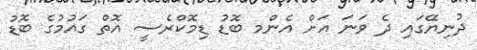
ދުނިޔޭގައި ދެ ވަނަ އަށް އެންމ ބޮޑު ޑިމޮކްރެސީ އޮތް ގަަައުމުގެ ބޮޑު